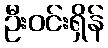
ဦးဝင်းရှိန်